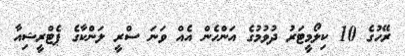
ރޭހުގެ 10 ކިލޯމީޓަރު ދުވުމުގެ އަންހެން އެއް ވަނަ ސްރީ ލަންކާގެ ޕެޓްރީޝިއާ